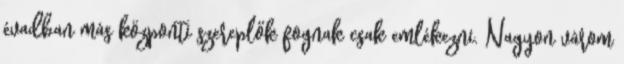
évadban más központi szereplők fognak csak emlékezni. Nagyon várom